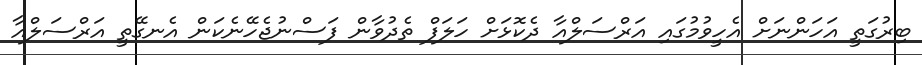
ބިރުގަތީ އަހަންނަށް އެހީވުމުގައި އަރްސަލްއާ ދެކޮޅަށް ހަލަފް ތެދުވާން ފަސްނުޖެހޭނެކަން އެނގޭތީ އަރްސަލްއާ